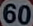
60